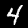
Label: 4